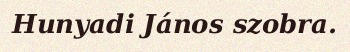
Hunyadi János szobra.